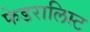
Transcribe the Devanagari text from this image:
फेडरालिस्ट